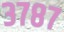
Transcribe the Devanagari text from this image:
३७८७